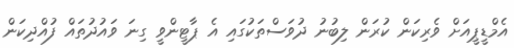
އެމްޑީޕީއަށް ވެރިކަން ކުރަން ލިބުނު ދުވަސްތަކުގައި އެ ޕާޓީންވީ ގިނަ ވައުދުތައް ފުއްދިކަން